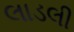
લાડલી